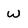
Character: w